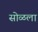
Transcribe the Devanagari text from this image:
सोळला